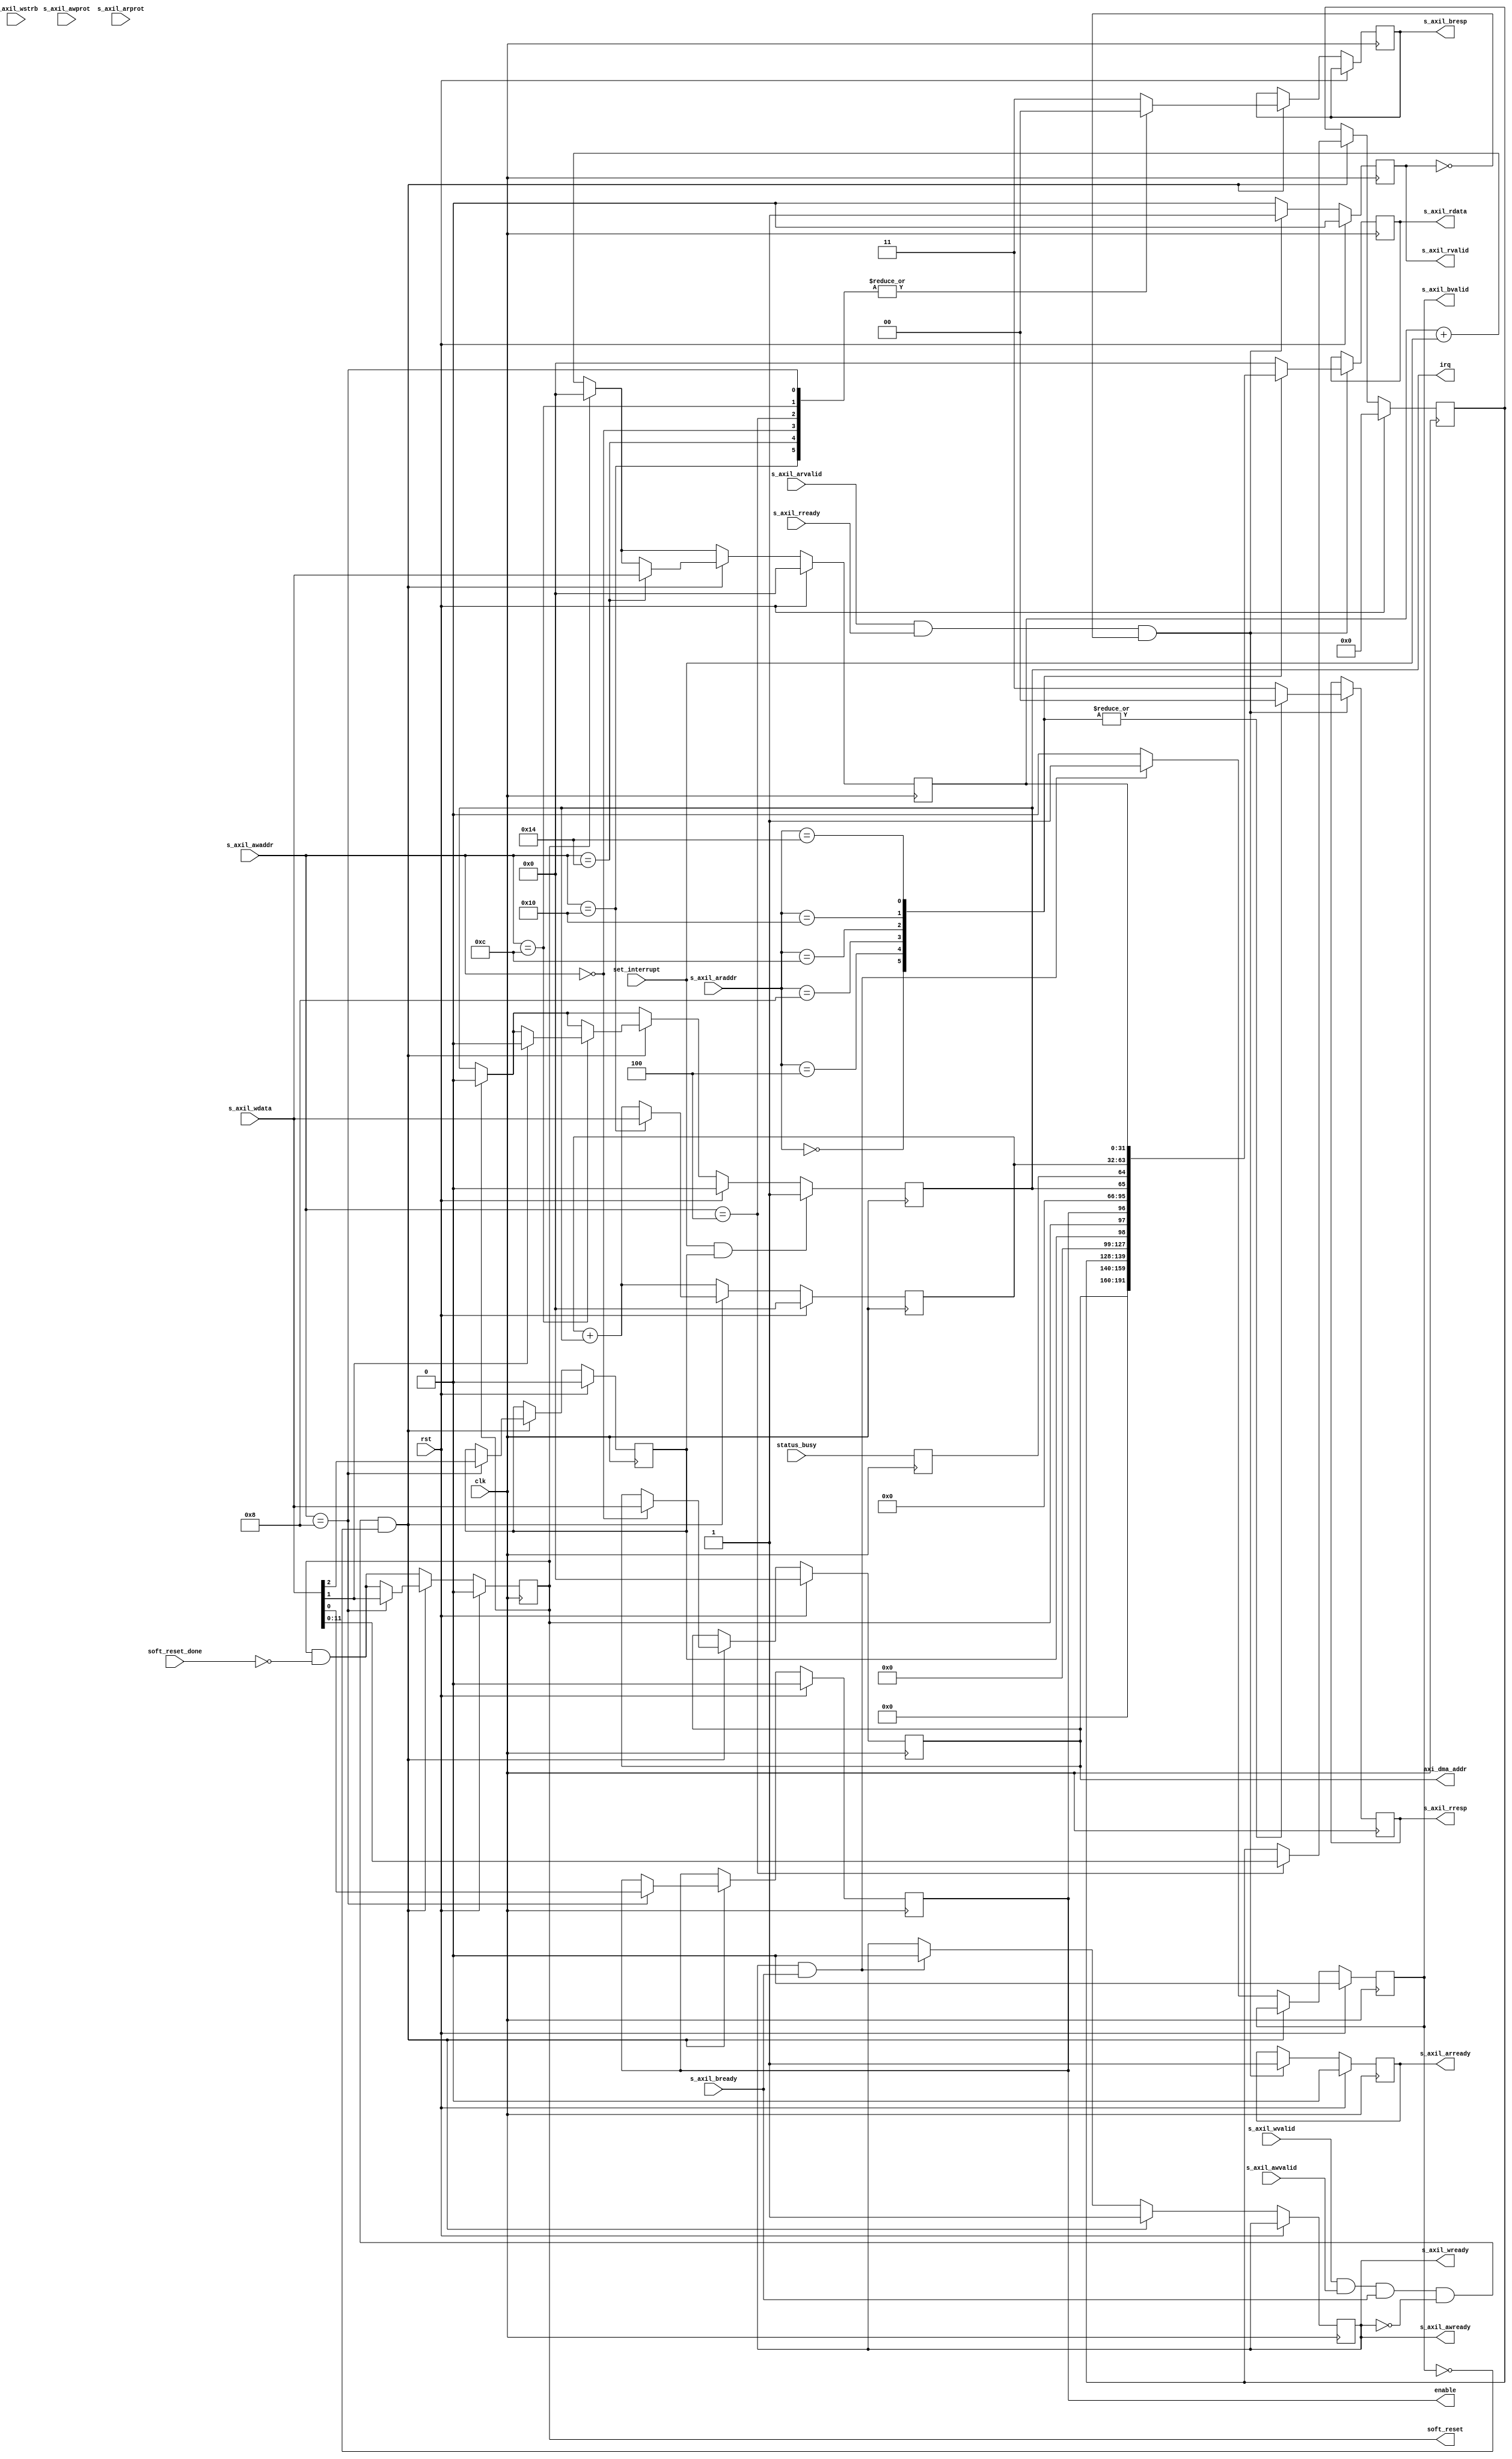
module axil_dma_ctrl_regs #
(
    // Width of AXI Lite data interface in bits
    parameter AXIL_DATA_WIDTH = 32,
    // Width of AXI Lite address in bits
    parameter AXIL_ADDR_WIDTH = 12,
    // Width of AXI Lite strobe (width of data bus in words)
    parameter AXIL_STRB_WIDTH = (AXIL_DATA_WIDTH/8),
    // Width of DMA length descriptor field
    parameter LEN_WIDTH = 12,
    // Width of AXI address bus in bits
    parameter AXI_ADDR_WIDTH = 32
)
(
    input  wire                       clk,
    input  wire                       rst,

    output wire                       irq,

    /*
     * AXI lite slave interface
     */
    input  wire [AXIL_DATA_WIDTH-1:0] s_axil_awaddr,
    input  wire [2:0]                 s_axil_awprot,
    input  wire                       s_axil_awvalid,
    output wire                       s_axil_awready,
    input  wire [AXIL_DATA_WIDTH-1:0] s_axil_wdata,
    input  wire [AXIL_STRB_WIDTH-1:0] s_axil_wstrb,
    input  wire                       s_axil_wvalid,
    output wire                       s_axil_wready,
    output wire [1:0]                 s_axil_bresp,
    output wire                       s_axil_bvalid,
    input  wire                       s_axil_bready,

    input  wire [AXIL_ADDR_WIDTH-1:0] s_axil_araddr,
    input  wire [2:0]                 s_axil_arprot,
    input  wire                       s_axil_arvalid,
    output wire                       s_axil_arready,
    output wire [AXIL_DATA_WIDTH-1:0] s_axil_rdata,
    output wire [1:0]                 s_axil_rresp,
    output wire                       s_axil_rvalid,
    input  wire                       s_axil_rready,

    /*
     * Control lines
     */

    output wire [AXI_ADDR_WIDTH-1:0]  axi_dma_addr,
    output wire                       enable,
    output wire                       soft_reset,
    input  wire                       soft_reset_done,
    input  wire                       status_busy,
    input  wire                       set_interrupt
);


reg bvalid_reg = 1'b0;
reg [1:0] bresp_reg = 2'b0;
reg wready_reg = 1'b0;

assign s_axil_bvalid = bvalid_reg;
assign s_axil_bresp = bresp_reg;
assign s_axil_awready = wready_reg;
assign s_axil_wready = wready_reg;

assign s_axil_rresp = rresp_reg;
assign s_axil_rvalid = rvalid_reg;
assign s_axil_arready = arready_reg;
assign s_axil_rdata = rdata_reg;

assign irq = irq_pending_reg;
assign enable = enable_reg;
assign axi_dma_addr = dma_write_desc_adr;

localparam [AXIL_ADDR_WIDTH-1:0]
    DMA_ADR_ID = 8'd0, // RW, address where data is written to
    DMA_LENGTH_ID = 8'd4, // RW, set to enable DMA
    DMA_CTRL_ID = 8'd8,
    DMA_STATUS_ID = 8'd12,
    DMA_IRQ_TIME_ID = 8'd16,
    DMA_PACKET_COUNT_ID = 8'd20;

reg [AXI_ADDR_WIDTH-1:0] dma_write_desc_adr = {AXI_ADDR_WIDTH{1'b0}};
reg [LEN_WIDTH-1:0] dma_write_len_reg = {LEN_WIDTH{1'b0}};
reg dma_write_enable_reg = 1'b0;

reg irq_pending_reg = 1'b0;

reg enable_reg = 1'b0;
reg soft_reset_reg = 1'b0;
reg irq_enable_reg = 1'b0;
reg [31:0] irq_time_reg = 32'b0;
reg [31:0] packet_count_reg = 32'b0;

assign soft_reset = soft_reset_reg;

// TODO: explain simultanious RW behavior

// WRITE
always @(posedge clk) begin
    wready_reg <= wready_reg;
    bvalid_reg <= bvalid_reg;

    irq_pending_reg <= irq_pending_reg;
    irq_enable_reg <= irq_enable_reg;
    irq_time_reg <= irq_time_reg + irq_pending_reg;
    soft_reset_reg <= soft_reset_reg & !soft_reset_done;

    if (rst) begin
        dma_write_desc_adr <= {AXI_ADDR_WIDTH{1'b0}};
        dma_write_len_reg <= {LEN_WIDTH{1'b0}};
        bvalid_reg <= 1'b0;

        enable_reg <= 1'b0;
        soft_reset_reg <= 1'b0;
        irq_enable_reg <= 1'b0;
        irq_pending_reg <= 1'b0;
        irq_time_reg <= 32'b0;
        packet_count_reg <= 32'b0;
    end else begin
        if (soft_reset_reg) begin
            irq_pending_reg <= 1'b0;
            packet_count_reg <= 32'b0;
        end else begin
            packet_count_reg <= packet_count_reg + set_interrupt;
        end

        if (s_axil_wvalid && s_axil_awvalid && s_axil_bready && !wready_reg && !bvalid_reg) begin
            wready_reg <= 1'b1;

            case (s_axil_awaddr)
                DMA_ADR_ID: begin
                    dma_write_desc_adr <= s_axil_wdata;
                    bresp_reg <= 2'b00;
                end
                DMA_LENGTH_ID: begin
                    dma_write_len_reg <= s_axil_wdata[LEN_WIDTH-1:0];
                    bresp_reg <= 2'b00;
                end
                DMA_CTRL_ID: begin
                    enable_reg <= s_axil_wdata[0];
                    soft_reset_reg <= s_axil_wdata[1];
                    irq_enable_reg <= s_axil_wdata[2];
                    bresp_reg <= 2'b00;
                end
                DMA_STATUS_ID: begin
                    if (s_axil_wdata[1]) begin
                        irq_pending_reg <= 1'b0;
                    end
                    bresp_reg <= 2'b00;
                end
                DMA_IRQ_TIME_ID: begin
                    irq_time_reg <= s_axil_wdata;
                    bresp_reg <= 2'b00;
                end
                DMA_PACKET_COUNT_ID: begin
                    packet_count_reg <= s_axil_wdata;
                    bresp_reg <= 2'b00;
                end
                default: begin
                    bresp_reg <= 2'b11;
                end
            endcase
        end else if (wready_reg && s_axil_bready) begin
            wready_reg <= 1'b0;
            bvalid_reg <= 1'b1;
        end else if (bvalid_reg) begin
            bvalid_reg <= 1'b0;
        end
    end

    if (set_interrupt && irq_enable_reg) begin
        irq_pending_reg <= 1'b1;
    end
end


reg [1:0] rresp_reg = 2'b0;
reg rvalid_reg = 1'b0;
reg arready_reg = 1'b0;
reg [AXIL_DATA_WIDTH-1:0] rdata_reg = {AXIL_DATA_WIDTH{1'b0}};

reg busy_reg = 1'b0;

// READ
always @(posedge clk) begin
    rvalid_reg <= 1'b0;
    rdata_reg <= rdata_reg;
    rresp_reg <= rresp_reg;
    arready_reg <= arready_reg;

    busy_reg <= status_busy;

    if (s_axil_arvalid && s_axil_rready && !rvalid_reg) begin
        rvalid_reg <= 1'b1;
        arready_reg <= 1'b1;

        case (s_axil_araddr)
            DMA_ADR_ID: begin
                rdata_reg <= dma_write_desc_adr;
                rresp_reg <= 2'b00;
            end
            DMA_LENGTH_ID: begin
                rdata_reg <= {{(32-LEN_WIDTH){1'b0}}, dma_write_len_reg};
                rresp_reg <= 2'b00;
            end
            DMA_CTRL_ID: begin
                rdata_reg <= {29'b0, irq_enable_reg, soft_reset_reg, enable_reg};
                rresp_reg <= 2'b00;
            end
            DMA_STATUS_ID: begin
                rdata_reg <= {30'b0, irq_pending_reg, busy_reg};
                rresp_reg <= 2'b00;
            end
            DMA_IRQ_TIME_ID: begin
                rdata_reg <= irq_time_reg;
                rresp_reg <= 2'b00;
            end
            DMA_PACKET_COUNT_ID: begin
                rdata_reg <= packet_count_reg;
                rresp_reg <= 2'b00;
            end
            default: begin
                rdata_reg <= {AXIL_DATA_WIDTH{1'b0}};
                rresp_reg <= 2'b11;
            end
        endcase
    end

    if (rst) begin
        rvalid_reg <= 1'b0;
        arready_reg <= 1'b0;
    end
end

endmodule